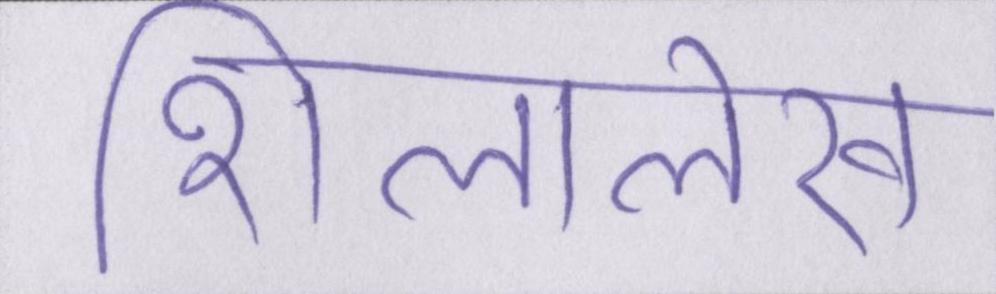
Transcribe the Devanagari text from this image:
शिलालेख